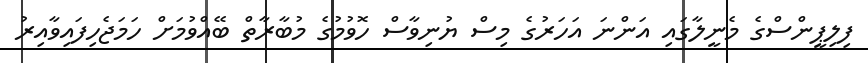
ފިލިޕީންސްގެ މެނީލާގައި އަންނަ އަހަރުގެ މިސް ޔުނިވާސް ހޮވުމުގެ މުބާރާތް ބޭއްވުމަށް ހަމަޖެހިފައިވާއިރު